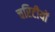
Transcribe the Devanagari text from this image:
चरिटीयों